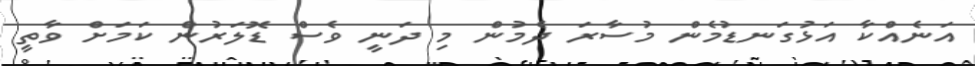
އަނެއްކާ އަޅުގަނޑުމެން މުސާރަ ދެމުން މި ދަނީ ވެސް ޑޮލަރުން ކަމަށް ވާތީ